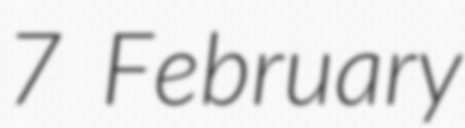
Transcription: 7 February